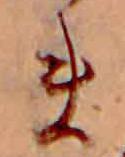
ま